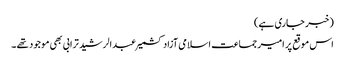
(خبر جاری ہے)
اس موقع پر امیر جماعت اسلامی آزاد کشمیر عبدالرشید ترابی بھی موجود تھے ۔